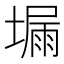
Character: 𡏺